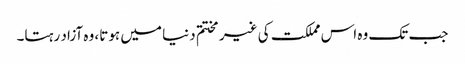
جب تک وہ اس مملکت کی غیر مختتم دنیا میں ہوتا، وہ آزاد رہتا۔